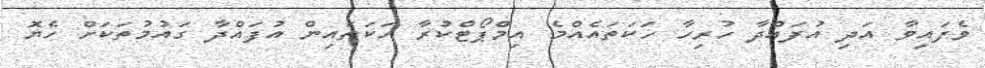
ވެފައިވާ އަދި އުފައްދާ ހުރިހާ ހަކަތައެއްމެ އިމްޕޯޓްކުރާ ހަކަތައިން އުފައްދާ ގައުމުތަކަށް ހެޔޮ